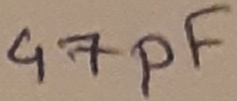
Text: 47µF